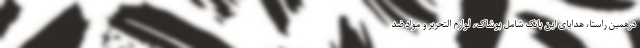
درهمین راستا، هدایای این بانک شامل پوشاک، لوازم التحریر و مواد ضد